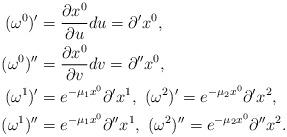
LaTeX: \begin{align*} (\omega^0)'&=\frac{\partial x^0}{\partial u}du=\partial' x^0,\\ (\omega^0)''&=\frac{\partial x^0}{\partial v}dv=\partial'' x^0,\\ (\omega^1)'&=e^{-\mu_1x^0}\partial' x^1,\ (\omega^2)'=e^{-\mu_2x^0}\partial' x^2,\\ (\omega^1)''&=e^{-\mu_1x^0}\partial'' x^1,\ (\omega^2)''=e^{-\mu_2x^0}\partial'' x^2.\end{align*}